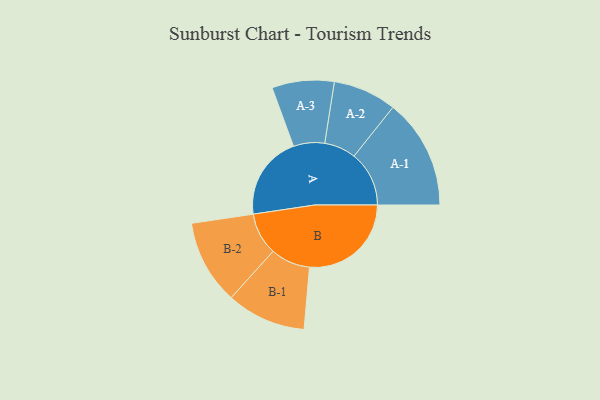
{"axis": {"x": "Segment", "y": "Value"}, "legend": ["", "A", "B"], "data": [{"x": "A", "y": 399, "type": ""}, {"x": "B", "y": 484, "type": ""}, {"x": "A-1", "y": 262, "type": "A"}, {"x": "A-2", "y": 151, "type": "A"}, {"x": "A-3", "y": 148, "type": "A"}, {"x": "B-1", "y": 189, "type": "B"}, {"x": "B-2", "y": 201, "type": "B"}]}